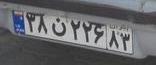
۳۸ن۲۲۶۸۳